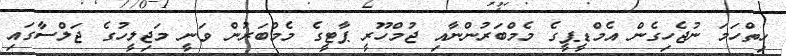
ހިތްހަމަ ނުޖެހިގެން އެމްޑީޕީގެ މެމްބަރުންނާއި ޖުމްހޫރީ ޕާޓީގެ މެމްބަރުން ވަނީ މަޖިލީހުގެ ޖަލްސާގައި